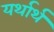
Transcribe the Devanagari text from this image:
यर्थार्थ